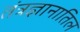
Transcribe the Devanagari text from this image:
तंत्रज्ञानातिल